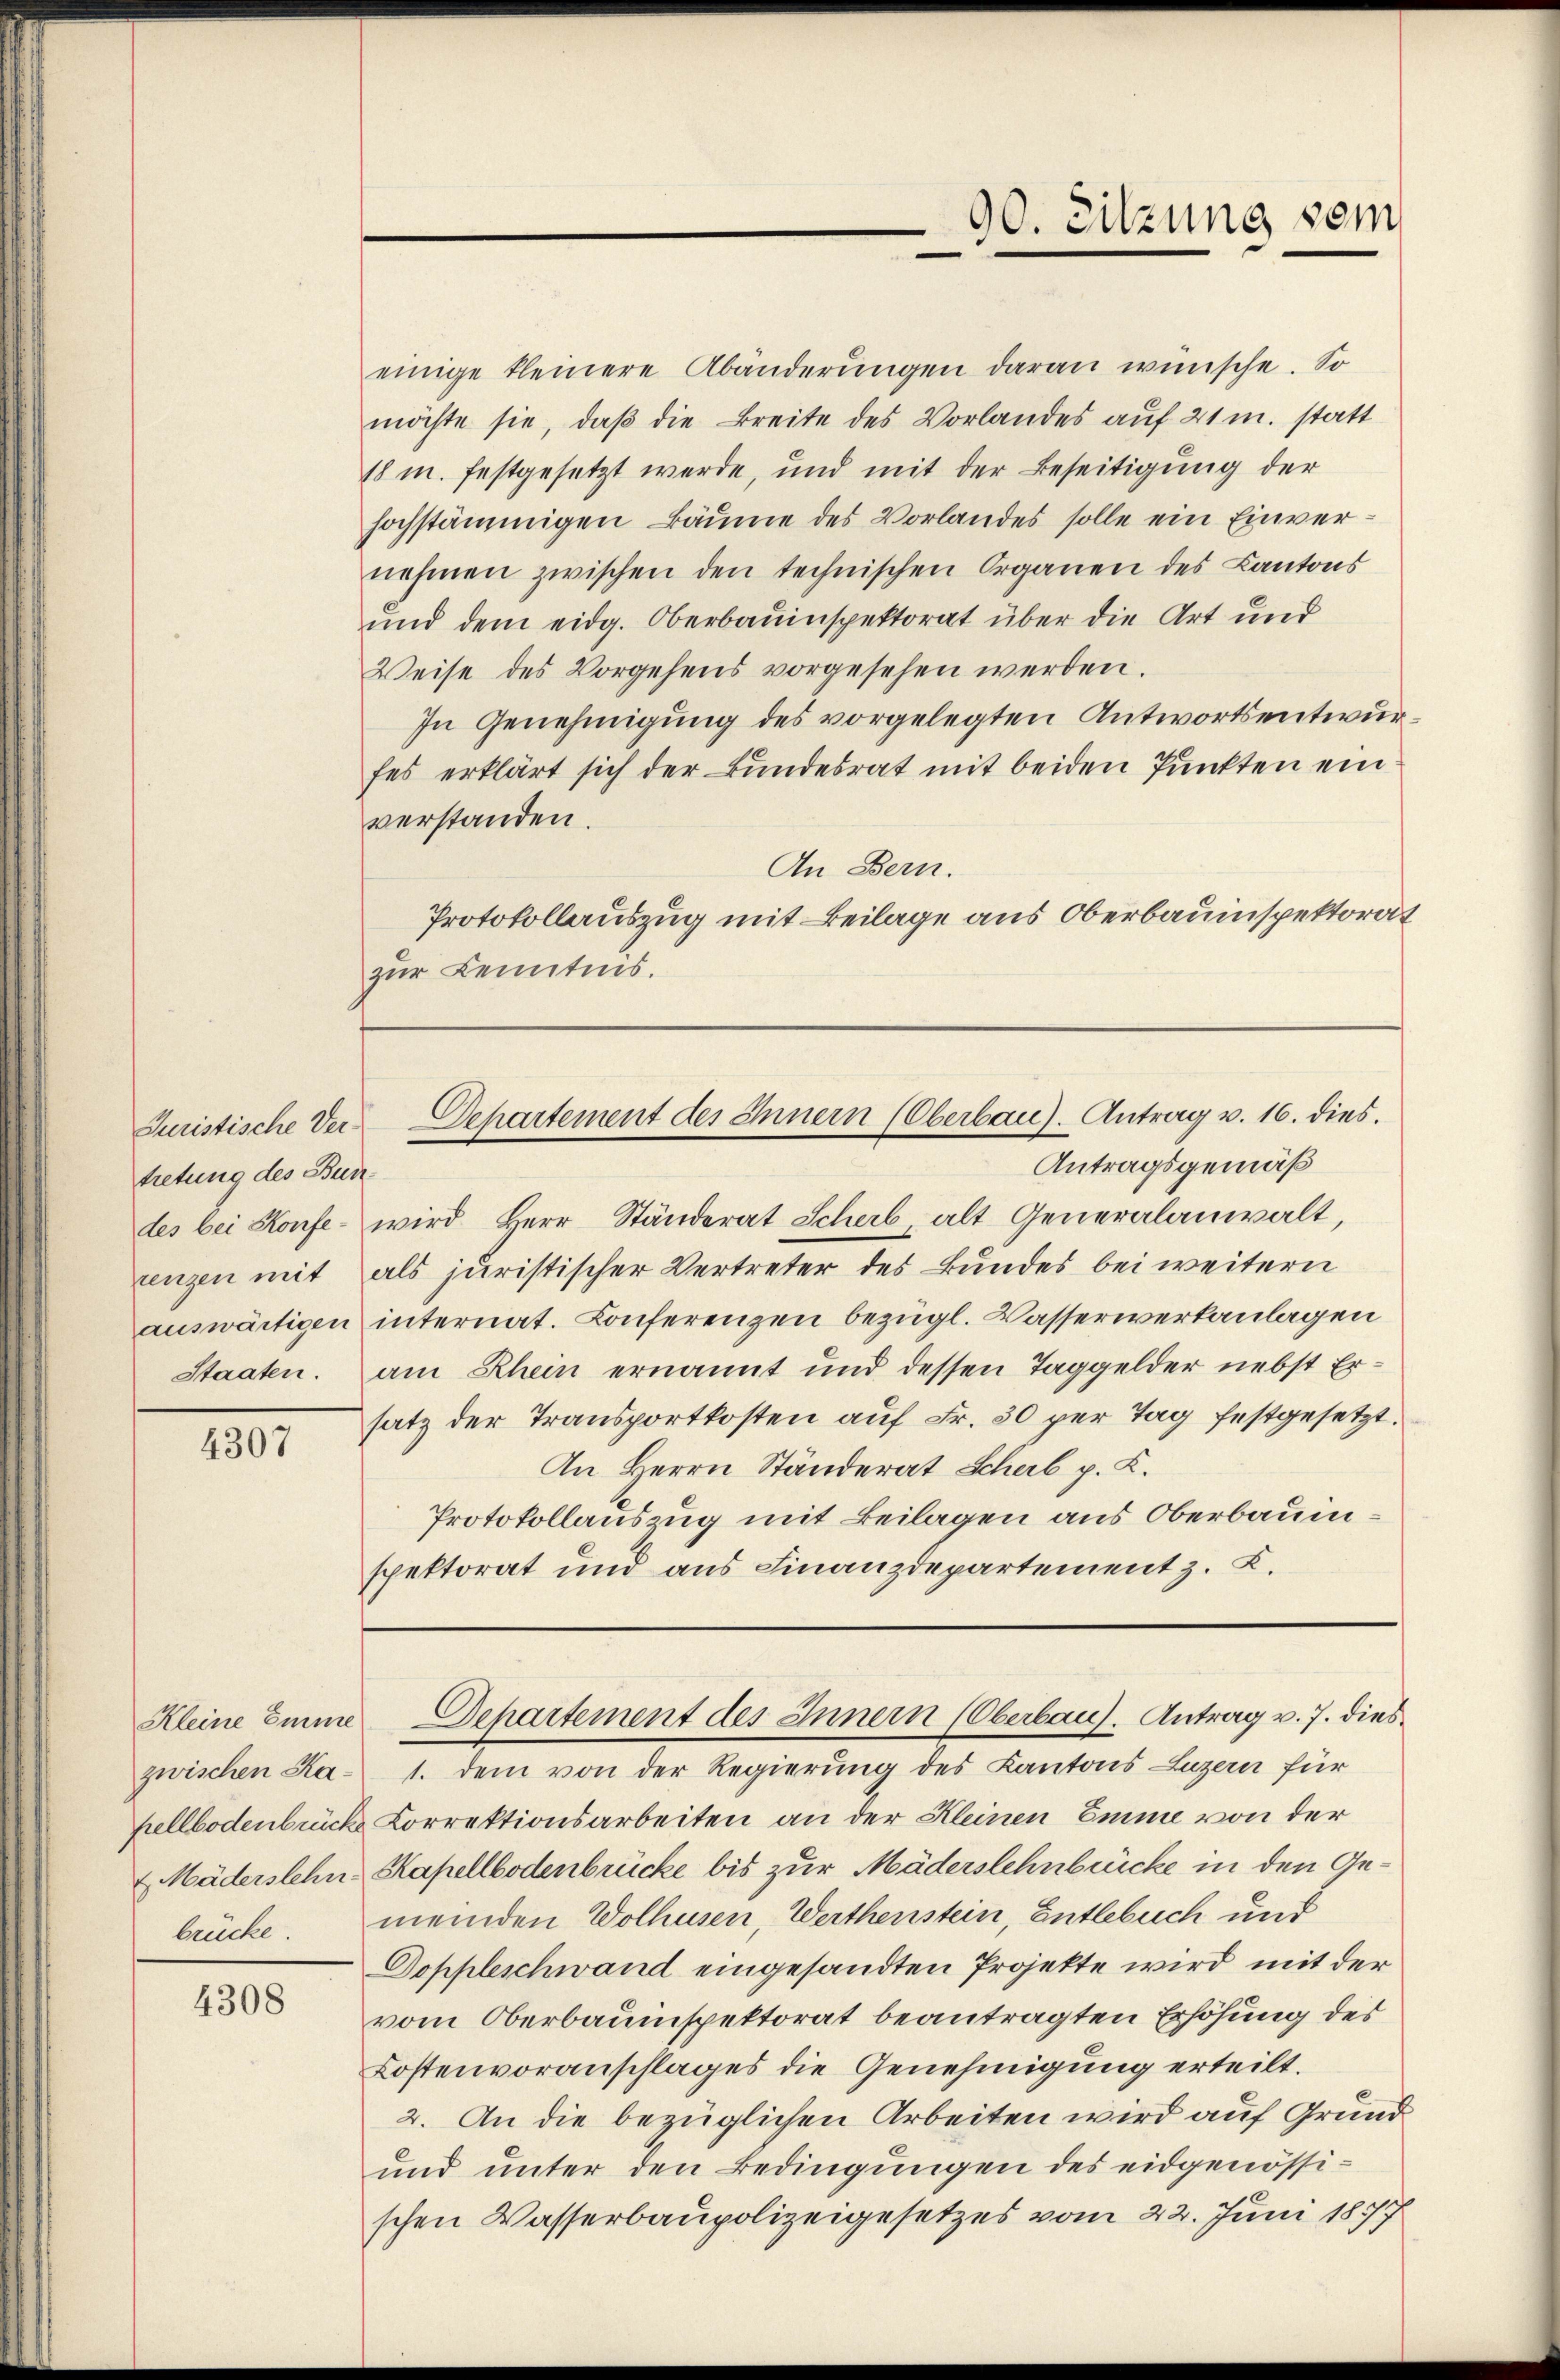
tretung des Bunrenzen mit
auswärtigen

4307

Kleine Emme
zwischen Ka¬

4308

einige kleinere Abänderŭngen daran wünsche. So
möchte sie, daß die Breite des Vorlandes auf 21 m. statt
18 m. festgesetzt werde, und mit der Beseitigung der
hochstämmigen Bäume des Vorlandes solle ein Einvernehmen zwischen den technischen Organen des Kantons
und dem eidg. Oberbauinspektorat über die Art und
Weise des Vorgehens vorgesehen werden.
In Genehmigung des vorgelegten Antwortsentwurfes erklärt sich der Bundesrat mit beiden Punkten einverstanden.
An Bern.
Protokollauszug mit Beilage aus Oberbauinspektorat
zur Kenntnis.

Antragsgemäß
des bei Konfe- wird Herr Ständerat Scheib, alt Generalanwalt,
als juristischer Vertreter des Bundes bei weitern
internat. Conferenzen bezügl. Wasserwerkanlagen
Staaten. am Rhein ernannt und dessen Taggelder nebst Ersatz der Transportkosten auf Fr. 30 per Tag festgesetzt.
An Herrn Ständerat Scherb p. L.
Protokollauszug mit Beilagen aus Oberbauinspektorat und aus Finanzdepartement z. B.

90. Sitzung sein
e

Juristische der Departement des Innern (Oberbau). Antrag v. 16. dies.

1. dem von der Regierung des Kantons Luzern für
hellbodenbrück Korrektionsarbeiten an der Kleinen Emme von der
Mäderstehn Kapellbodenbrücke bis zur Mäderstehnbrücke in den Gebrücke. meinden Wolhusen, Werthenstein, Entlebuch und
Doppleschwand eingesandten Projekte wird mit der
vom Oberbauinspektorat beantragten Erhöhung des
Kostenvoranschlages die Genehmigung erteilt.
2. An die bezüglichen Arbeiten wird auf Grund
und unter den Bedingungen des eidgenössischen Wasserbaupolizeigesetzes vom 22. Juni 187

Separtement des Innern (Oberbau. Antrag v. 7. dies¬